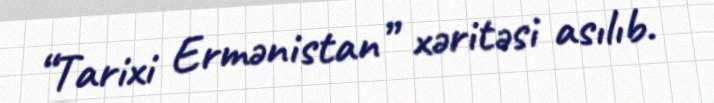
“Tarixi Ermənistan” xəritəsi asılıb.